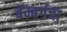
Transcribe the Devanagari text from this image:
बॅम्बर्गचा